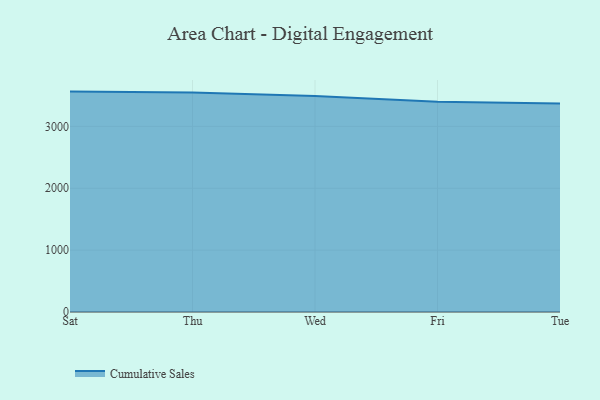
{"axis": {"x": "Day", "y": "Humidity (%)"}, "legend": ["Cumulative Sales"], "data": [{"x": "Sat", "y": 3561.6, "type": "Cumulative Sales"}, {"x": "Thu", "y": 3547.2, "type": "Cumulative Sales"}, {"x": "Wed", "y": 3490.6, "type": "Cumulative Sales"}, {"x": "Fri", "y": 3399.1, "type": "Cumulative Sales"}, {"x": "Tue", "y": 3367.4, "type": "Cumulative Sales"}]}